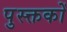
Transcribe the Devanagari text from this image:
पुस्क्तकों